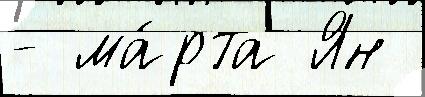
- ма́рта Ян